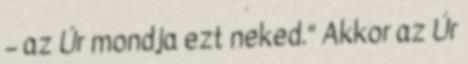
– az Úr mondja ezt neked.” Akkor az Úr